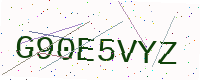
Text: G90E5VYZ